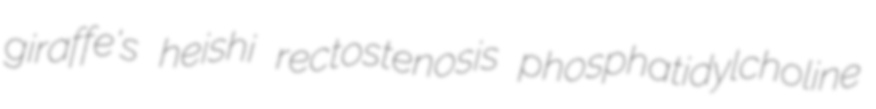
giraffe's heishi rectostenosis phosphatidylcholine